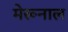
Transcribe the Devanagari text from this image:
मेरूनाल